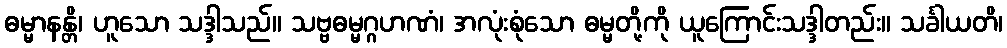
ဓမ္မာနန္တိ၊ ဟူသော သဒ္ဒါသည်။ သဗ္ဗဓမ္မဂ္ဂဟဏံ၊ အလုံးစုံသော ဓမ္မတို့ကို ယူကြောင်းသဒ္ဒါတည်း။ သင်္ခါယတိ၊